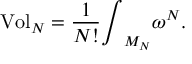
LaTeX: \mathrm { { V o l } } _ { N } = \frac { 1 } { N ! } { \int } _ { M _ { N } } \omega ^ { N } .